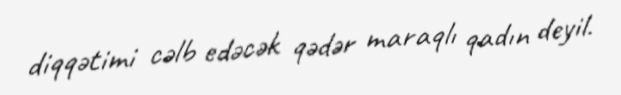
diqqətimi cəlb edəcək qədər maraqlı qadın deyil.